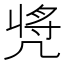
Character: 𠙝